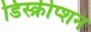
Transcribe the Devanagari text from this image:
डिस्क्रीप्शन